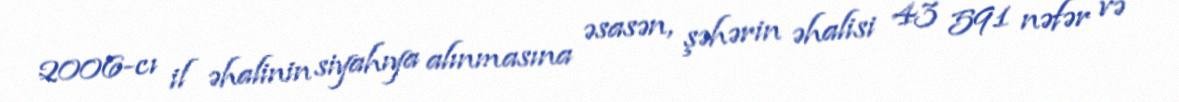
2006-cı il əhalinin siyahıya alınmasına əsasən, şəhərin əhalisi 43 591 nəfər və